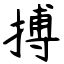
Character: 搏